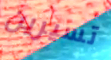
تسيرين